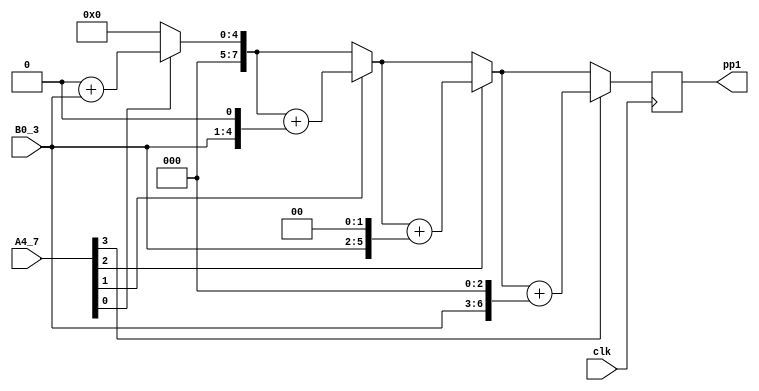
module multi_4_4_pp1(
input clk,
//input clr,
input [3:0] A4_7,
input [3:0] B0_3,
output reg [7:0] pp1
);

reg [7:0] pv;
reg [7:0] bp;  
integer i;

always @(posedge clk)// or posedge clr)
	begin
		pv = 8'b00000000;
		bp = {4'b0000,B0_3};
		for (i = 0; i<=3; i=i+1)
			begin
				if (A4_7[i] == 1)
				pv = pv+bp;
				bp={bp[6:0], 1'b0};
			end
		pp1=pv;
	end
	

endmodule